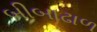
બીબાઢાળ